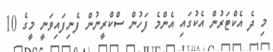
މި ދެ އެކްޓަރުން އެކުގައި އެންމެ ފަހުން ސްކްރީނުން ފެނިފައިވަނީ މީގެ 10